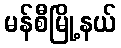
မန်စီမြို့နယ်